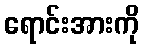
ရောင်းအားကို